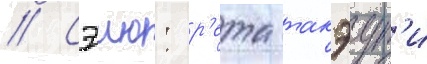
// Сэию: р'ета такэут'и